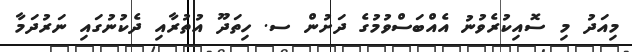
މިއަދު މި ސޮއިކުރެވުނު އެއްބަސްވުމުގެ ދަށުން ސ. ހިތަދޫ އުތުރާއި ދެކުނުގައި ނަރުދަމާ